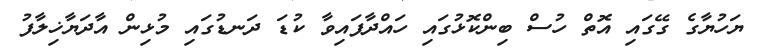
ޔަހުޔާގެ ގޭގައި އޮތް ހުސް ބިންކޮޅުގައި ހައްދާފައިވާ ކުޑަ ދަނޑުގައި މުޅިން އާދަޔާޚިލާފު